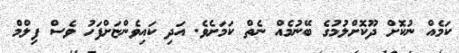
ކަމެއް ނުކޮށް ދޫކޮށްލުމުގެ ބޭނުމެއް ނެތް ކަމަށެވެ. އަދި ކައިވެންޏަށްފަހު ވެސް ފިލްމް